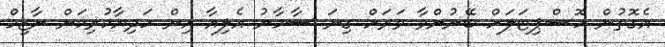
އެގޮތުން ހޮސްޕިޓަލަށް ބޭނުންވާ ވަރަށް ގިނަ ސާމާނު އެލިއާ އިން ހަދިޔާކުރިކަން ނާޒިމް